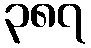
၃၈၇